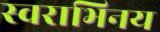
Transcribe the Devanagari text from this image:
स्वराभिनय